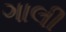
ગાલી